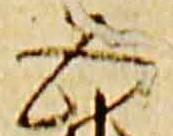
五